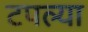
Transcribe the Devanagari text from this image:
टपल्या